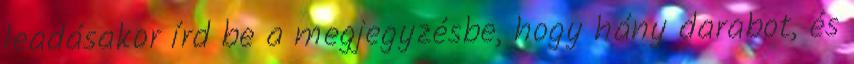
leadásakor írd be a megjegyzésbe, hogy hány darabot, és